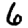
Digit: 6